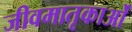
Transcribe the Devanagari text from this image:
जीवमातृकाओं